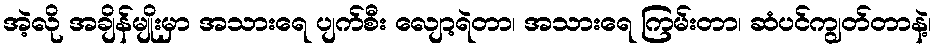
အဲ့လို အချိန်မျိုးမှာ အသားရေ ပျက်စီး လျော့ရဲတာ၊ အသားရေ ကြမ်းတာ၊ ဆံပင်ကျွတ်တာနဲ့၊